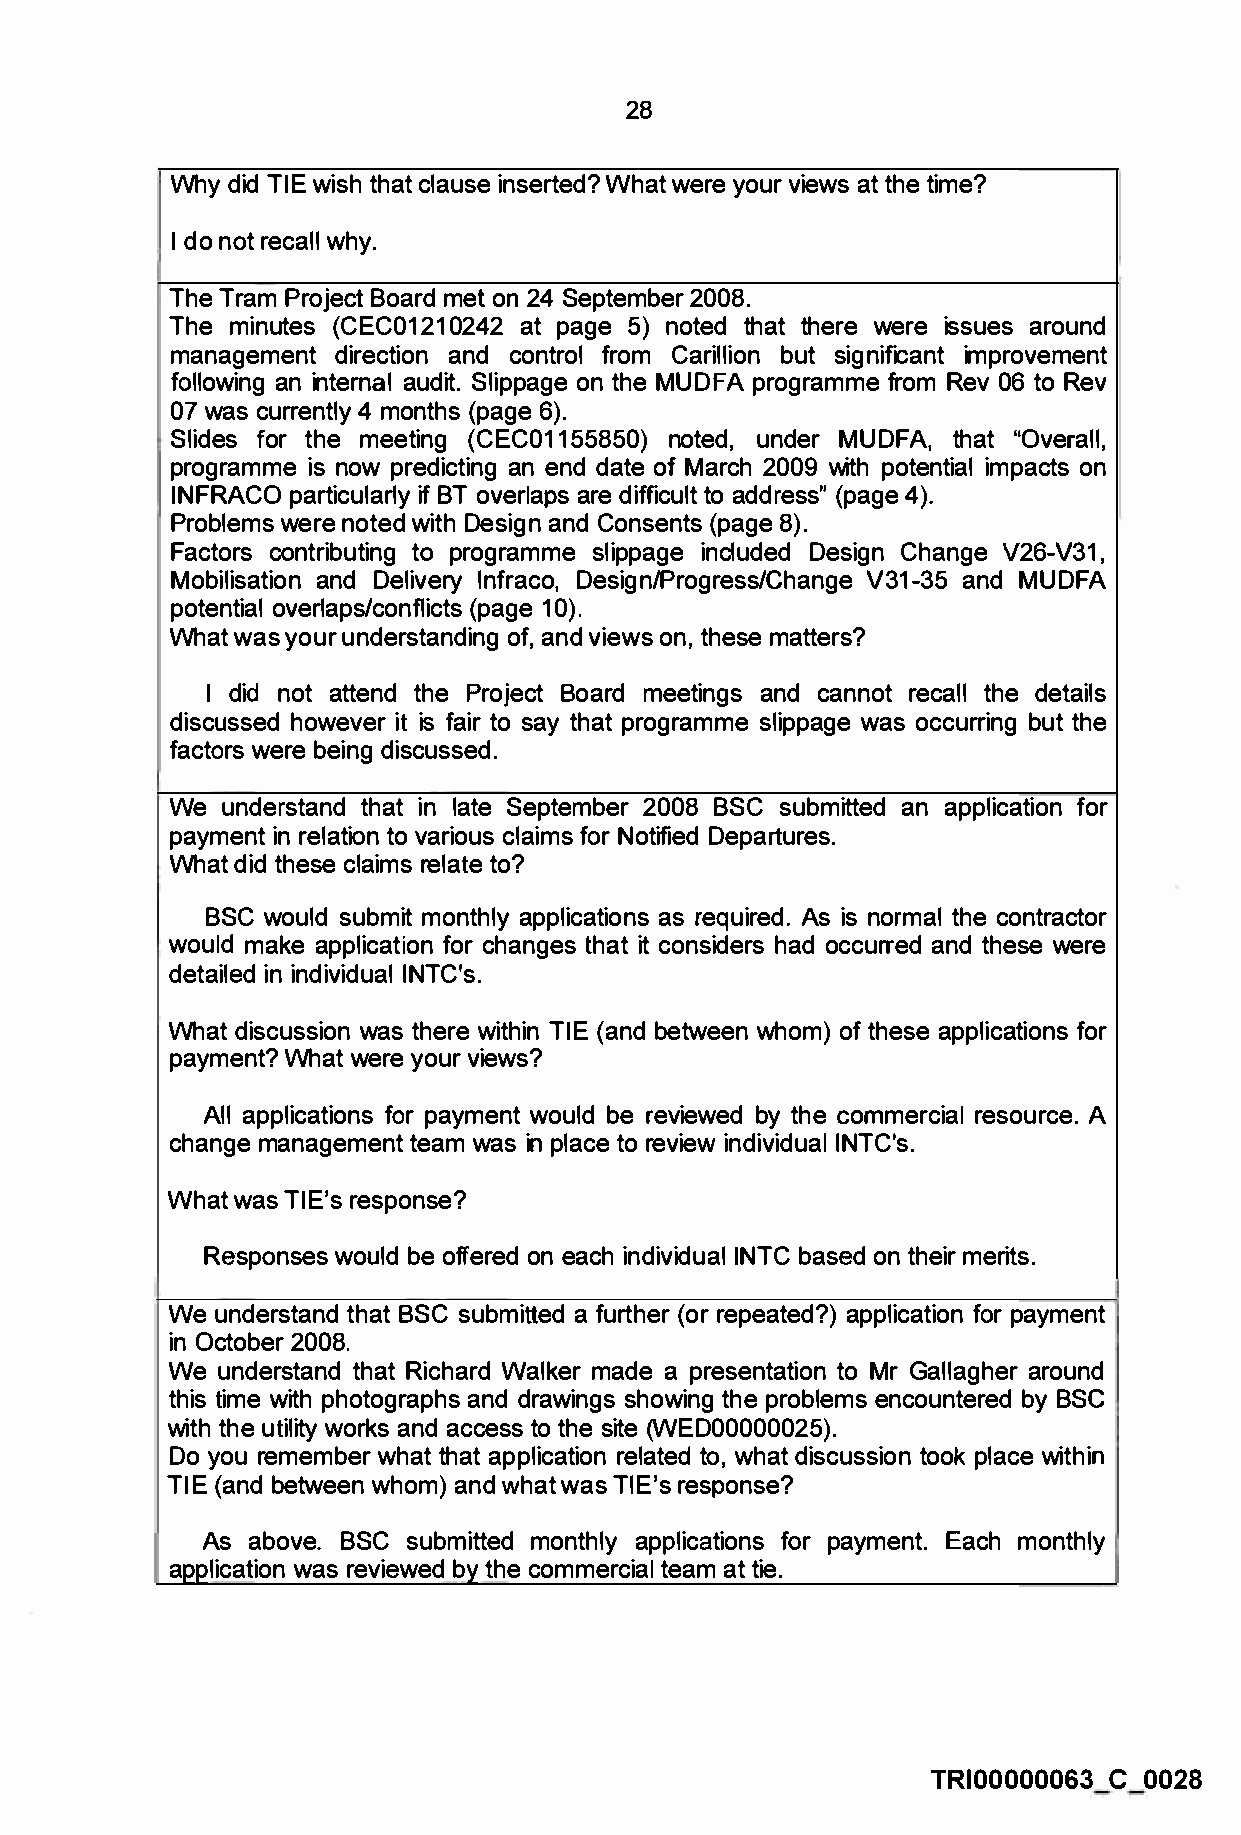
28
 Why did TIE wish that clause inserted? What were your views at the time?
 I do not recall why.
 The Tram Project Board met on 24 September 2008.
 The minutes (CEC01210242 at page 5) noted that there were issues around
 management direction and control from Carillion but significant improvement
 following an internal audit. Slippage on the MUDFA programme from Rev 06 to Rev
 07 was currently 4 months (page 6).
 Slides for the meeting (CEC01155850) noted, under MUDFA, that "Overall,
 programme is now predicting an end date of March 2009 with potential impacts on
 INFRACO particularly if BT overlaps are difficult to address" (page 4).
 Problems were noted with Design and Consents (page 8).
 Factors contributing to programme slippage included Design Change V26-V31,
 Mobilisation and Delivery lnfraco, Design/Progress/Change V31-35 and MUDFA
 potential overlaps/conflicts (page 10).
 What was your understanding of, and views on, these matters?
 I did not attend the Project Board meetings and cannot recall the details
 discussed however it is fair to say that programme slippage was occurring but the
 factors were being discussed.
 We  understand that in late September 2008 BSC submitted an application for
 payment in relation to various claims for Notified Departures.
 What did these claims relate to?
 BSC would submit monthly applications as required. As is normal the contractor
 would make application for changes that .it considers had occurred and these were
 detailed in individual INTC's.
 What discussion was there within TIE (and between whom) of these applications for
 payment? What were your views?
 All applications for payment would be reviewed by the commercial resource. A
 change management team was in place to review individual INTC's.
 What was TIE's response?
 Responses would be offered on each individual INTC based on their merits.
 We understand that BSC submitted a further (or repeated?) application for payment
 in October 2008.
 We understand that Richard Walker made a presentation to Mr Gallagher around
 this time with photographs and drawings showing the problems encountered by BSC
 with the utility works and access to the site (WED00000025).
 Do you remember what that application related to, what discussion took place within
 TIE (and between whom) and what was TlE 's response?
 As above. BSC submitted monthly applications for payment. Each monthly
 application was reviewed by the commercial team at tie.
 TRI00000063 C 0028